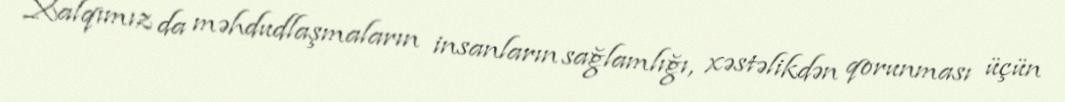
Xalqımız da məhdudlaşmaların insanların sağlamlığı, xəstəlikdən qorunması üçün